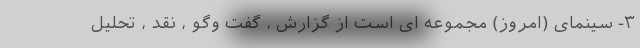
۳- سینمای (امروز) مجموعه ای است از گزارش ، گفت وگو ، نقد ، تحلیل